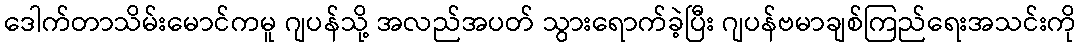
ဒေါက်တာသိမ်းမောင်ကမူ ဂျပန်သို့ အလည်အပတ် သွားရောက်ခဲ့ပြီး ဂျပန်ဗမာချစ်ကြည်ရေးအသင်းကို